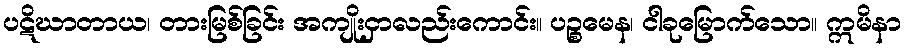
ပဋိဃာတာယ၊ တားမြစ်ခြင်း အကျိုးငှာလည်းကောင်း။ ပဉ္စမေန၊ ငါခုမြောက်သော။ ဣမိနာ